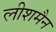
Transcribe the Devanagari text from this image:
लीशमैन